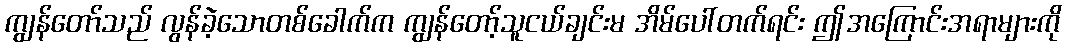
ကျွန်တော်သည် လွန်ခဲ့သောတစ်ခေါက်က ကျွန်တော့်သူငယ်ချင်းမ အိမ်ပေါ်တက်ရင်း ဤအကြောင်းအရာများကို